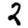
Digit: 2